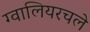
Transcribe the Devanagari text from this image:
ग्वालियरचले